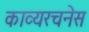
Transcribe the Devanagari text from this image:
काव्यरचनेस